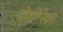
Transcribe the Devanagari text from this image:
दोहोंपेक्षा